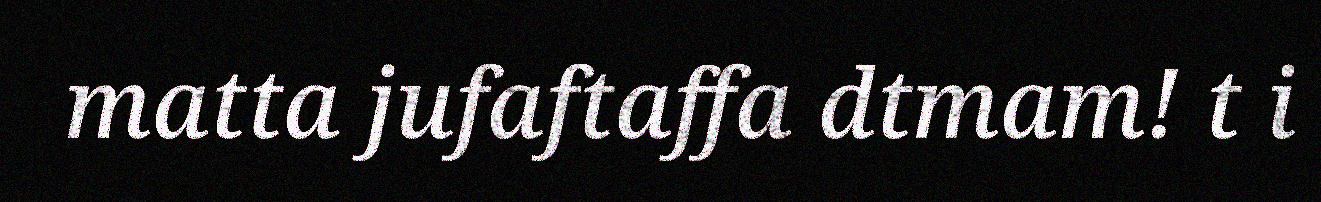
matta jufaftaffa dtmam! t i